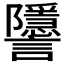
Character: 𧮐